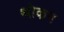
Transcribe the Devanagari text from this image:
थोकन